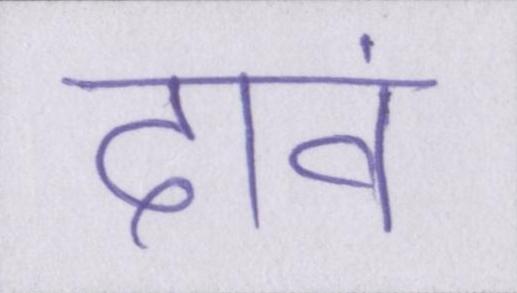
दावं